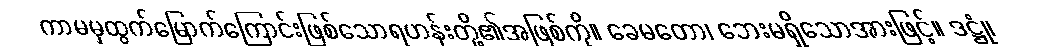
ကာမမှထွက်မြောက်ကြောင်းဖြစ်သောရဟန်းတို့၏အဖြစ်ကို။ ခေမတော၊ ဘေးမရှိသောအားဖြင့်။ ဒဋ္ဌုံ၊